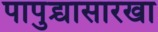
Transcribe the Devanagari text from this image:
पापुद्र्यासारखा